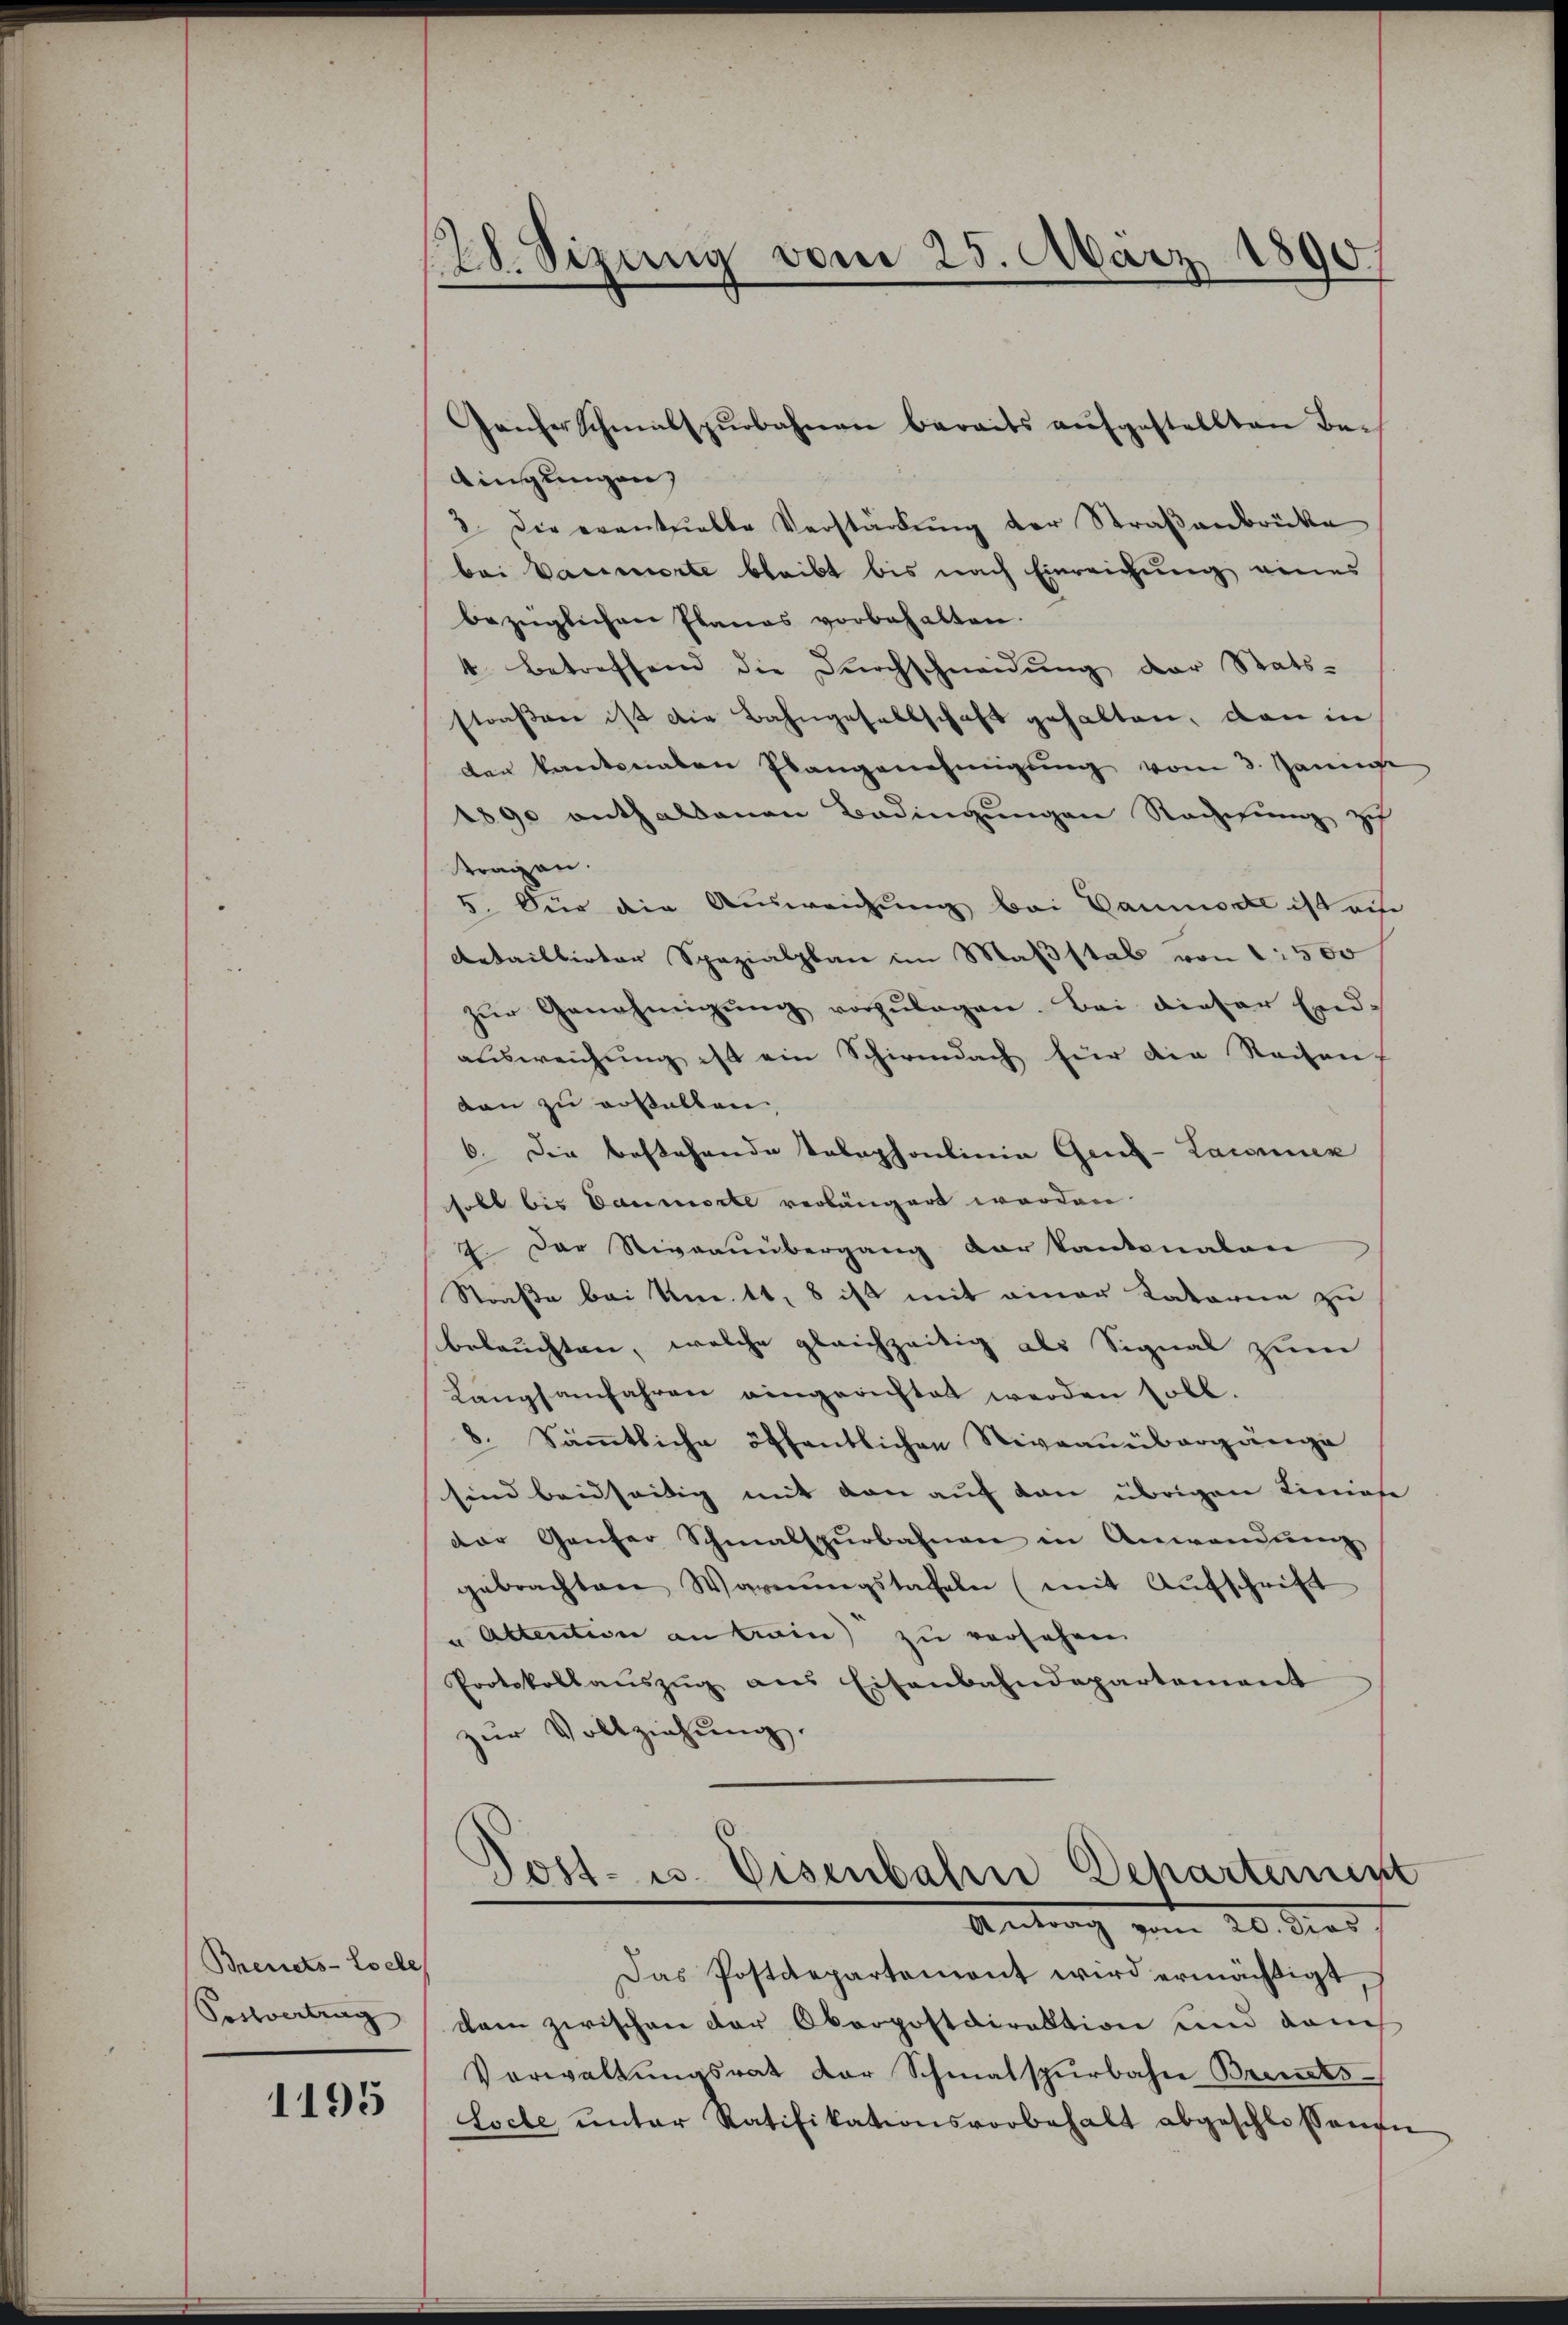
Breuets-Locle
Postvertrag

1195

28. Sizung vom 25. März 1890.

dingungen,
3. Die eventuelle Verstärkŭng der Straβenbrücke
bei Varierte bleibt bis nach Einreichung eines
bezüglichen Planes vorbehalten.
4 betreffend die Dŭrchschneidŭng der Stats-
straßen ist die Bahngesellschaft gehalten, dann in
der kantonalen Plangenehmigung vom 3. Janu
1890 enthaltenen Bedingungen Rechtung ich
tragen.
5. Für die Ausweichung bei Paumode ist au
Detaillirter Spezialplan im Maßstab von 1500
zŭr Genehmigŭng vorzŭlagen. Bei dieser End-
ausweichung ist ein Schirmdach für die Seiten.
ton zu erstellen
6. Die bestehende Telephonlinie Genz-Laconuen
holt bis Daumorte verlängert worden.
. Der Rivaauübergang der kantonalen
Straße bei Um 11. 8 ist mit einer Kataria zu
beleuchten, welche gleichzeitig als Signal zum
Langsanfahren eingerichtet werden soll.
8. Säṁtliche öffentlichen Niveaubargänge
sind beidseitig mit den auf den übrigen Liniese
der Ganzer Schmalspurbahnen in Anwendung
gebrachten Warnŭngstafeln (mit Aufschrift
u Attention an train) zu versehen
Protokollaŭszŭg ans Eisenbahndepartement
zŭr Vollziehŭng.

Ganherschmalspurbahnen bereits aŭfgestellten Be-

Post- u. Eisenbahn Departement
Antrag vom 20. dies

Das Postdepartemont wird ermächtigt,
kan zwischen der Oberpostdirektion und danch
Vorwaltungsrat der Schmalspurbahn Brendes-
Loche ŭnter Ratifikationsvorbehalt abgeschlossenen